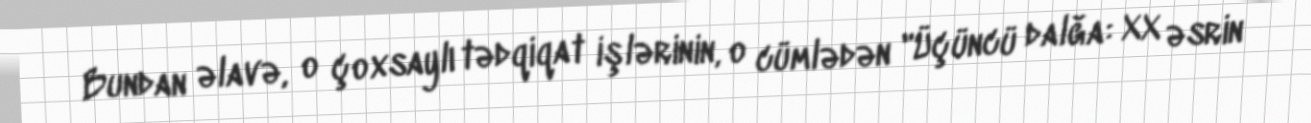
Bundan əlavə, o çoxsaylı tədqiqat işlərinin, o cümlədən "Üçüncü dalğa: XX əsrin